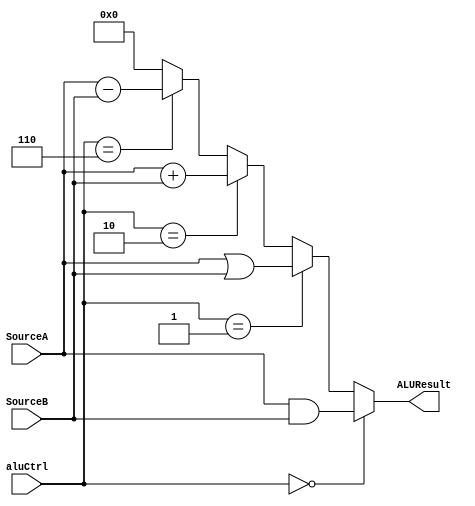
`timescale 1ns / 1ps
//////////////////////////////////////////////////////////////////////////////////
// Company: 
// Engineer: 
// 
// Design Name: 
// Module Name:    alu 
// Project Name: 
// Target Devices: 
// Tool versions: 
// Description: 
//
// Dependencies: 
//
// Revision: 
// Revision 0.01 - File Created
// Additional Comments: 
//
//////////////////////////////////////////////////////////////////////////////////
module ALU(
    input [31:0] SourceA,
    input [31:0] SourceB,
    input [2:0] aluCtrl,
    output [31:0] ALUResult
    );

    assign ALUResult = (aluCtrl == 3'b000) ? SourceA & SourceB :
                       (aluCtrl == 3'b001) ? SourceA | SourceB :
                       (aluCtrl == 3'b010) ? SourceA + SourceB :
                       (aluCtrl == 3'b110) ? SourceA - SourceB :
                       32'b0;
endmodule